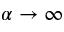
\alpha \rightarrow \infty